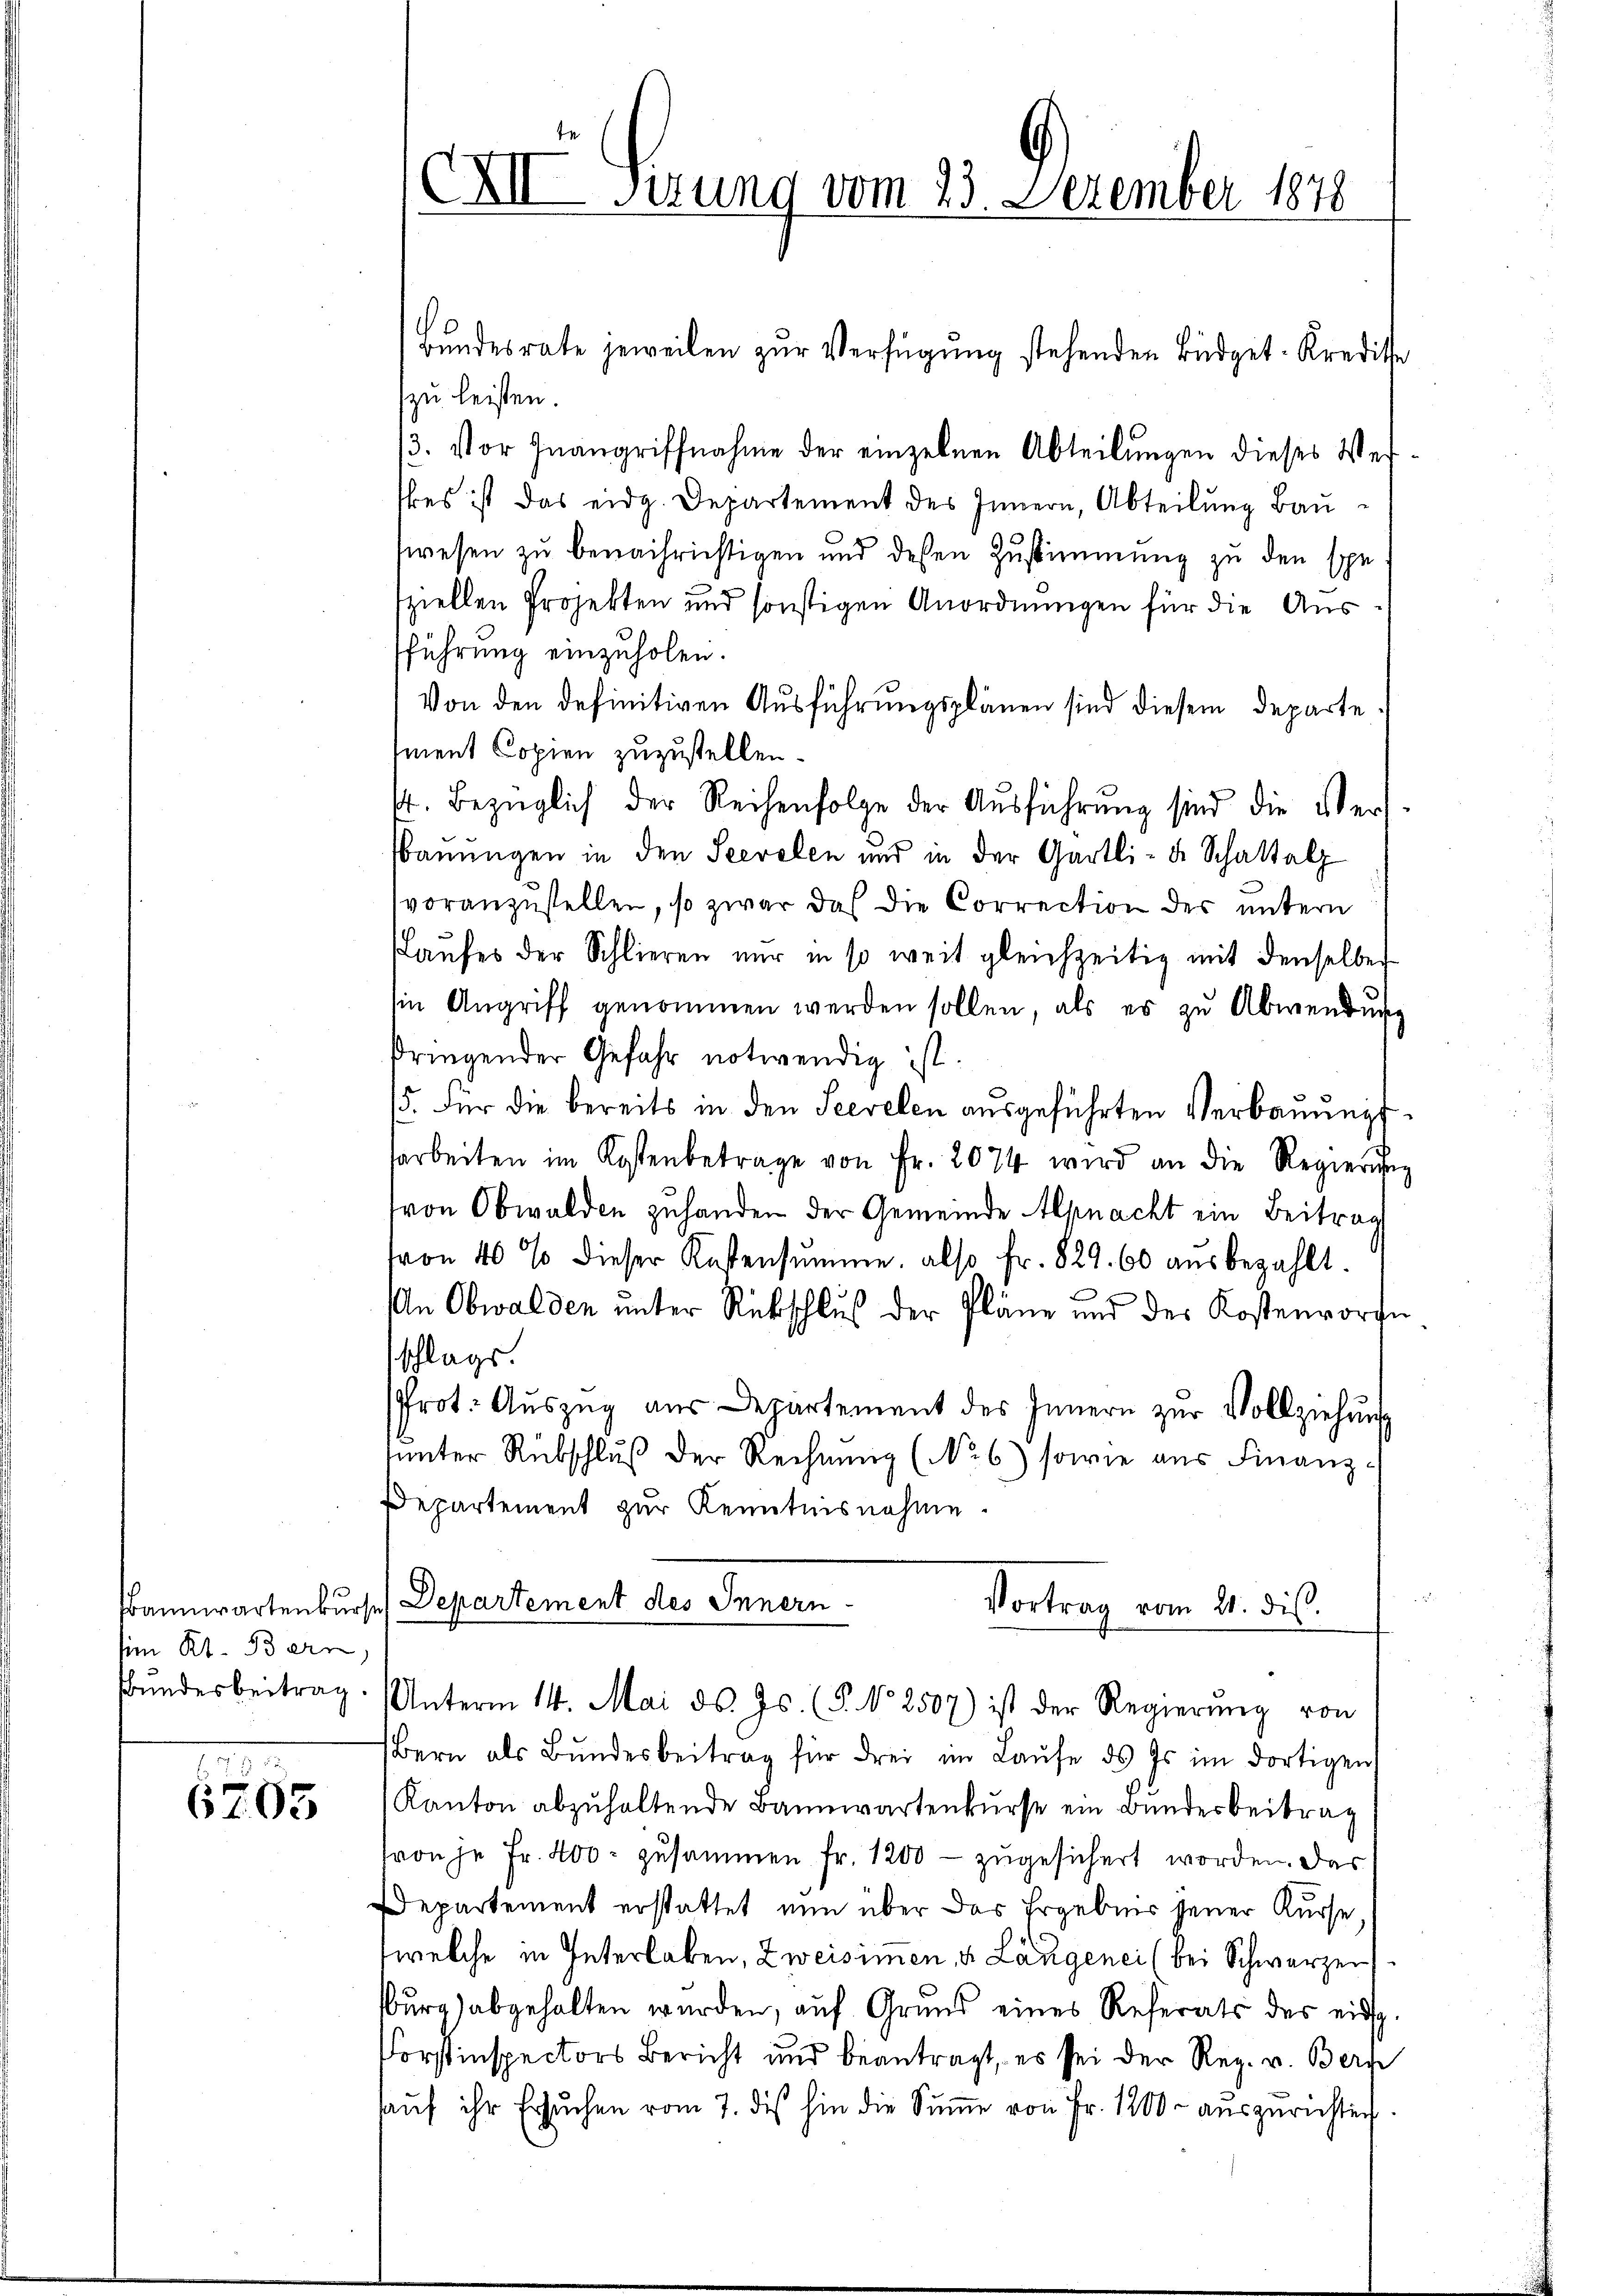
s
sim Kt. Bern,
Bundesbeitrag

6795

XII Sizung vom 23. Dezember 1878

Bundesrate jeweilen zur Verfügung stehenden Büdget-Kredite
zu leisten.
3. Vor Inangriffnahme der einzelnen Abteilŭngen dieses Ver-
bes ist das eidg. Departement des Innern, Abteilung Bauswesen zu benachrichtigen und dessen Zustimmung zu den spe
sziellen Projekten und sonstigen Anordnungen für die Aussführung einzuholen.
Von den definitiven Ausführungsplänen sind diesem Departesment Copien zuzustellen.
4. Bezüglich der Reihenfolge der Ausführung sind die Vers
Bauungen in den Seevolen und in der Gärtli- & Schattalz
voranzŭstellen, so zwar das die Correction der untern
Kaufes der Schlieren nur in so weit gleichzeitig mit denselben
sin Angriff genommen werden sollen, als es zu Abwendung
pringender Gefahr notwendig ist.
15. Für die bereits in den Seevelen ausgeführten Verbaŭŭngs
sarbeiten im Kostenbetrage von Fr. 2074 wird an die Regierung
(von Obwalden zuhanden der Gemeinde Alpnacht ein Beitrag
von 40% dieser Kostensumme, also fr. 829. 60 aŭsbezahlt.
An Obwalden unter Rückschluß der Pläne und der Kostenvoran
sschlags.
Prot. Auszug aus Departement des Innern zur Vollziehung
sunter Rübschlŭβ der Rechnung (No 6) sowie aus Finanz-
Departement zur Kenntnisnahme.
rannwartenkurse Departement des Innern
Vortrag vom 21. dis
Unterm 14. Mai d. Js. (T. No 2507) ist der Regierŭng von
Bern als Bŭndesbeitrag für drei im Laŭfe des Es im dortigen
Kanton abzuhaltende Bannwartenkurse ein Bundesbeitrag
(von je Fr. 400. zusammen fr. 1200 - zugesichert worden. Das
Departement erstattet nun über das Ergebnis jener Kurse
e
welche in Interlaben, Zweisimen, u. Langenei (bei Schwarzer
burg abgehalten wurden, auf Grund eines Referats des eidg
Forstinspectors Bericht und beantragt, es sei der Reg. v. Berg
aŭf ihr Ersuchen vom 7. des hin die Sŭṁe von Fr. 1200 - auszurichten